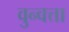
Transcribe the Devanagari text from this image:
वुन्वत्ता